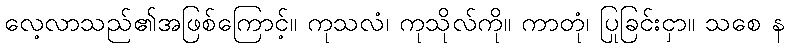
လေ့လာသည်၏အဖြစ်ကြောင့်။ ကုသလံ၊ ကုသိုလ်ကို။ ကာတုံ၊ ပြုခြင်းငှာ။ သစေ န